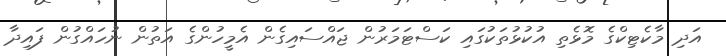
އަދި މާކެޓިކްގެ މޮޅެތި އުކުޅުތަކުގައި ކަސްޓަމަރުން ޖައްސައިގެން އެމީހުންގެ އަތުން ނުހައްގުން ފައިދާ